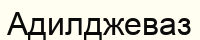
Адилджеваз